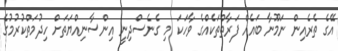
އޭގެ ތެރެއިން ނަމޫނާ ބައެއް ފަރާތްތަކެއްގެ ވާހަކަ މި ގެނެސްދިނީ އިންސާނިއްޔަތަށް ހިދުމަތްކުރުމުގެ